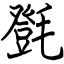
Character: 㲪